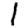
Digit: 1